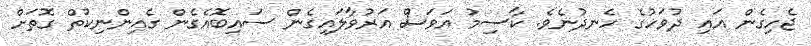
ޖެހިގެން އައި ދުވަހުގެ ހެނދުނެވެ. ކާސިމު އަވަސް އަރުވާލައިގެން ސައިބޮއެގެން ގެއިންނިކުތް ގޮތަށް